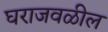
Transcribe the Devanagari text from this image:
घराजवळील